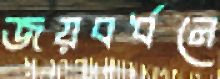
জয়বর্ধনে